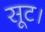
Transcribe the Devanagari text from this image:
सूट।